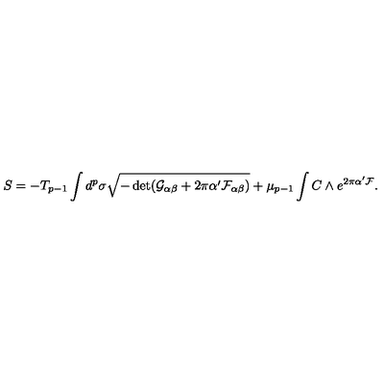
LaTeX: S = - T _ { p - 1 } \int d ^ { p } \sigma \sqrt { - \det ( \mathcal { G } _ { \alpha \beta } + 2 \pi \alpha ^ { \prime } \mathcal { F } _ { \alpha \beta } ) } + \mu _ { p - 1 } \int C \wedge e ^ { 2 \pi \alpha ^ { \prime } \mathcal { F } } .